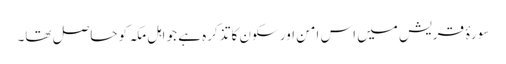
سورۂ قریش میں اس امن اور سکون کا تذکرہ ہے جو اہل مکہ کو حاصل تھا۔